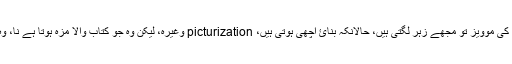
ہیری پوٹر کی موویز تو مجھے زہر لگتی ہیں، حالانکہ بنائ اچھی ہوتی ہیں، picturization وغیرہ، لیکن وہ جو کتاب والا مزہ ہوتا ہے نا، وہ نہیں رہتا۔